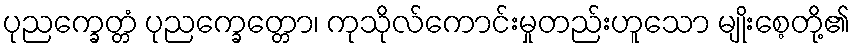
ပုညက္ခေတ္တံ ပုညက္ခေတ္တော၊ ကုသိုလ်ကောင်းမှုတည်းဟူသော မျိုးစေ့တို့၏